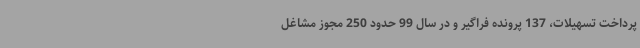
پرداخت تسهیلات، 137 پرونده فراگیر و در سال 99 حدود 250 مجوز مشاغل